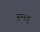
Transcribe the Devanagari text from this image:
हमत्